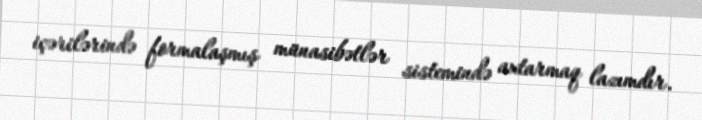
içərilərində formalaşmış münasibətlər sistemində axtarmaq lazımdır.